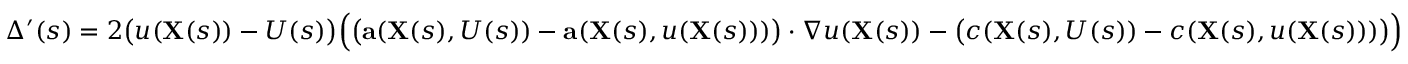
\Delta ^ { \prime } ( s ) = 2 { \big ( } u ( \mathbf { X } ( s ) ) - U ( s ) { \big ) } { \Big ( } { \big ( } \mathbf { a } ( \mathbf { X } ( s ) , U ( s ) ) - \mathbf { a } ( \mathbf { X } ( s ) , u ( \mathbf { X } ( s ) ) ) { \big ) } \cdot \nabla u ( \mathbf { X } ( s ) ) - { \big ( } c ( \mathbf { X } ( s ) , U ( s ) ) - c ( \mathbf { X } ( s ) , u ( \mathbf { X } ( s ) ) ) { \big ) } { \Big ) }